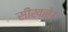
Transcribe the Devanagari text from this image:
सीखने।